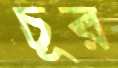
চূর